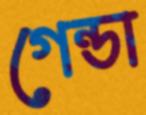
গেন্ডা